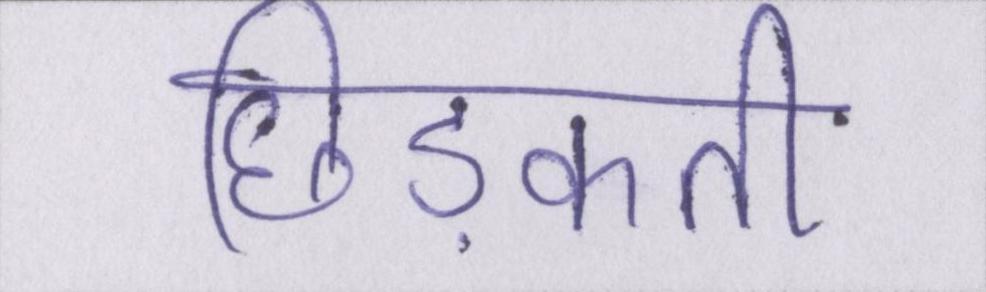
छिड़कती